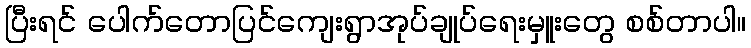
ပြီးရင် ပေါက်တောပြင်ကျေးရွာအုပ်ချုပ်ရေးမှူးတွေ စစ်တာပါ။